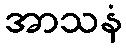
အာသနံ